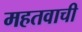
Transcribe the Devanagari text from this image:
महतवाची